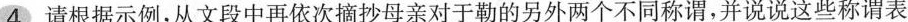
4 请根据示例，从文段中再依次摘抄母亲对于勒的另外两个不同称谓，并说说这些称谓表